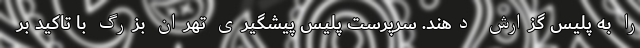
را به پلیس گزارش دهند. سرپرست پلیس پیشگیری تهران بزرگ با تاکید بر